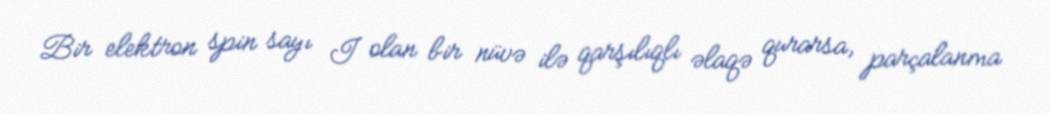
Bir elektron spin sayı I olan bir nüvə ilə qarşılıqlı əlaqə qurarsa, parçalanma